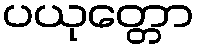
ပယုတ္တော